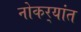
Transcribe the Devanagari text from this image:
नोकर्‍यांत